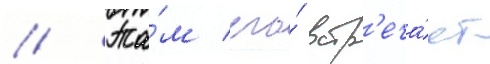
// Та́м его́ встр'еча́ет